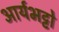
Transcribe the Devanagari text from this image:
आर्यभट्टो